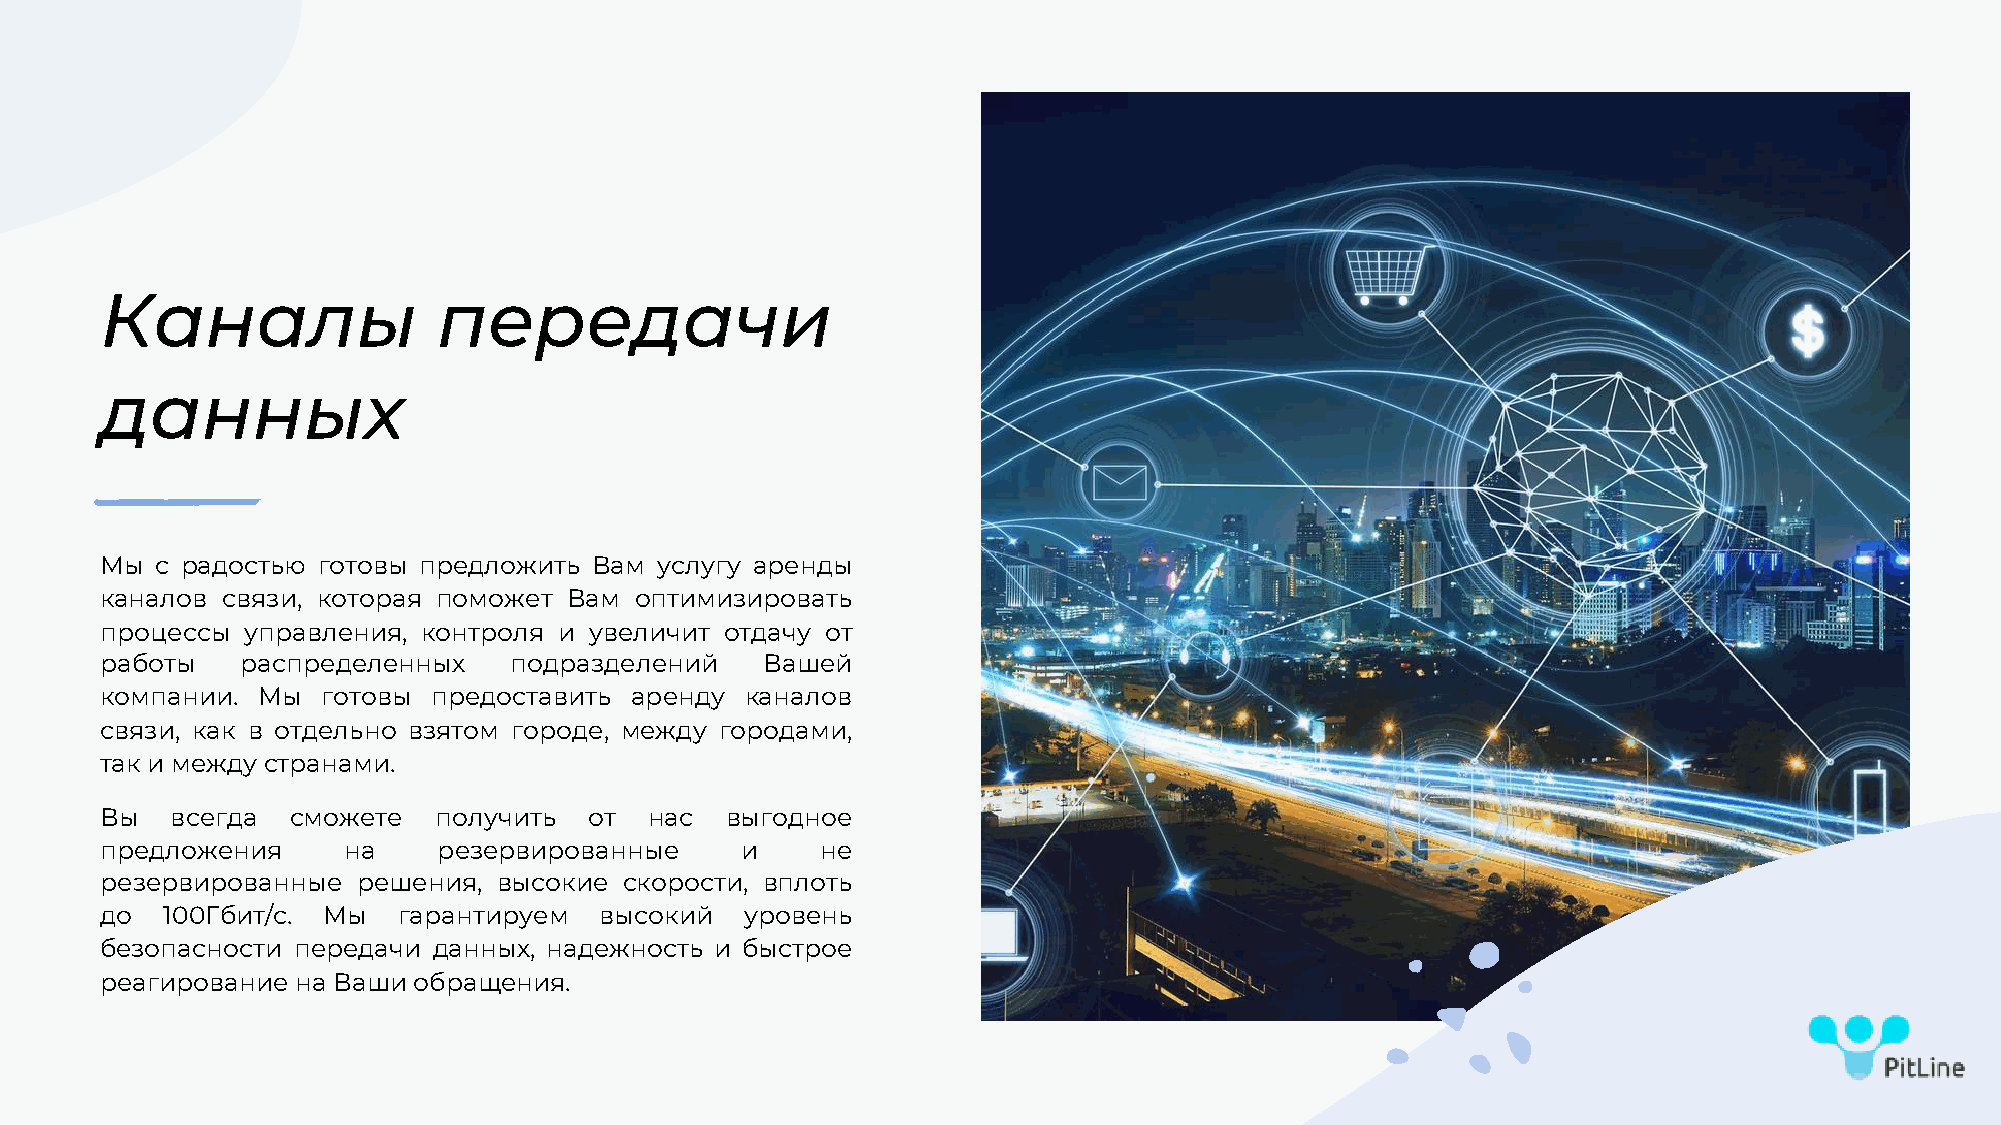
Каналы                передачи
 данных
 Мы с радостью готовы предложить Вам услугу аренды
 каналов связи, которая поможет Вам оптимизировать
 процессы управления, контроля и увеличит отдачу от
 работы   распределенных    подразделений    Вашей
 компании. Мы  готовы  предоставить аренду каналов
 связи, как в отдельно взятом городе, между городами,
 так и между странами.
 Вы  всегда  сможете   получить  от  нас  выгодное
 предложения     на    резервированные     и    не
 резервированные  решения, высокие скорости, вплоть
 до  100Гбит/с. Мы  гарантируем   высокий  уровень
 безопасности передачи данных, надежность и быстрое
 реагирование на Ваши обращения.